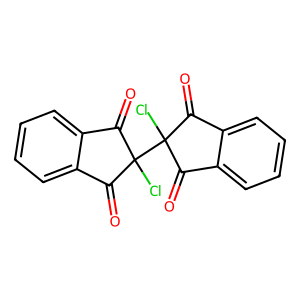
SMILES: O=C1c2ccccc2C(=O)C1(Cl)C1(Cl)C(=O)c2ccccc2C1=O
Inhibits HIV replication: No